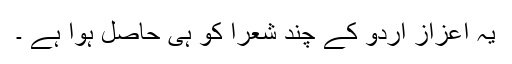
یہ اعزاز اردو کے چند شعرا کو ہی حاصل ہوا ہے ۔